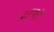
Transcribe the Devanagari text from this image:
भाकणे